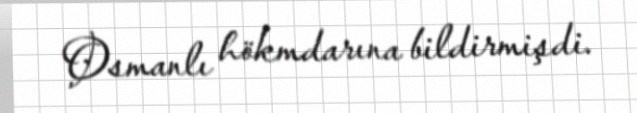
Osmanlı hökmdarına bildirmişdi.